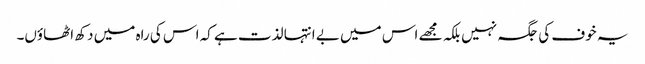
یہ خوف کی جگہ نہیں بلکہ مجھے اس میں بے انتہا لذت ہے کہ اس کی راہ میں دکھ اٹھاؤں۔